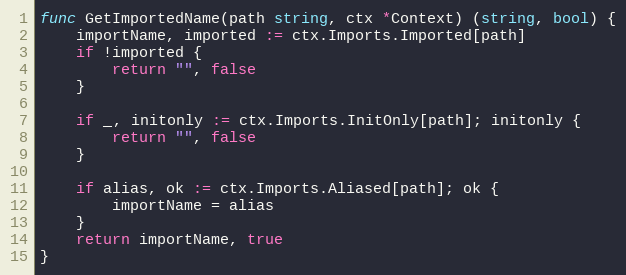
Language: Go
func GetImportedName(path string, ctx *Context) (string, bool) {
	importName, imported := ctx.Imports.Imported[path]
	if !imported {
		return "", false
	}

	if _, initonly := ctx.Imports.InitOnly[path]; initonly {
		return "", false
	}

	if alias, ok := ctx.Imports.Aliased[path]; ok {
		importName = alias
	}
	return importName, true
}